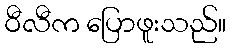
ဝီလီက ပြောဖူးသည်။